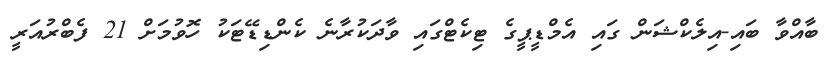
ބާއްވާ ބައި-އިލެކްޝަން ގައި އެމްޑީޕީގެ ޓިކެޓްގައި ވާދަކުރާނެ ކެންޑިޑޭޓަކު ހޮވުމަށް 21 ފެބްރުއަރީ